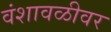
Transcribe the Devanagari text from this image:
वंशावळीवर